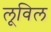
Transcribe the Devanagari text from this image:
लूविल